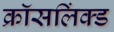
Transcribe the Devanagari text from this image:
क्रॉसलिंक्ड